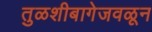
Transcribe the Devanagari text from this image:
तुळशीबागेजवळून